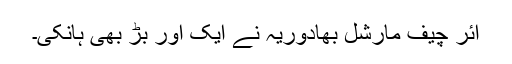
ائر چیف مارشل بھادوریہ نے ایک اور بَڑ بھی ہانکی۔